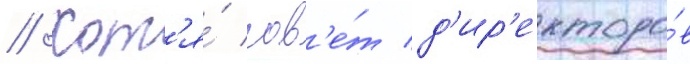
// Хот'я́ сов'е́т д'ир'екторо́в